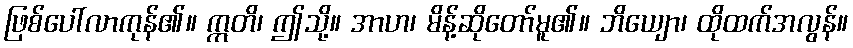
ဖြစ်ပေါ်လာကုန်၏။ ဣတိ၊ ဤသို့။ အာဟ၊ မိန့်ဆိုတော်မူ၏။ ဘိယျော၊ ထိုထက်အလွန်။